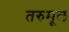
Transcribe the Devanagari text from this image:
तरुमूल